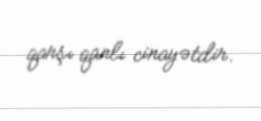
qarşı qanlı cinayətdir.